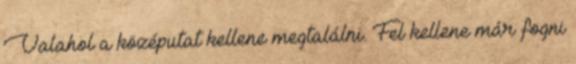
Valahol a középutat kellene megtalálni. Fel kellene már fogni